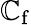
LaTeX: \mathbb{C}_{\mathrm{{f}}}